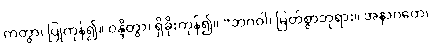
ကတွာ၊ ပြုကုန်၍။ ဝန္ဒိတွာ၊ ရှိခိုးကုန်၍။ “ဘဂဝါ၊ မြတ်စွာဘုရား။ အနာဂတေ၊